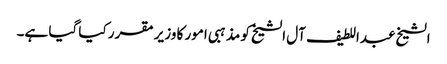
الشیخ عبداللطیف آل الشیخ کو مذہبی امور کا وزیر مقرر کیا گیا ہے۔